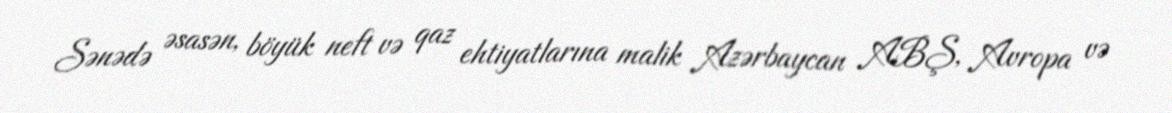
Sənədə əsasən, böyük neft və qaz ehtiyatlarına malik Azərbaycan ABŞ, Avropa və